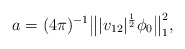
\begin{align*} a = (4\pi )^{-1} \bigl\| |v_{12}|^{\frac 12} \phi_0\bigr\|_1^2 , \end{align*}